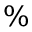
\%